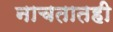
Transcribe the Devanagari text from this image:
नाचतातही